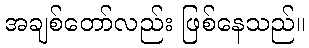
အချစ်တော်လည်း ဖြစ်နေသည်။